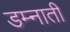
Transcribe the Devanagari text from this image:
डम्नाती